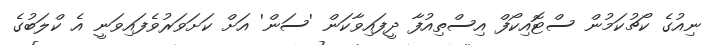
ނިއުގެ ކޯޗުކަމުން ސްޓޮއިކޯފް އިސްތިއުފާ ދީފައިވާކަން 'ސަން' އަށް ކަށަވަރުވެފައިވަނީ އެ ކްލަބުގެ